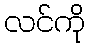
လင်ကို